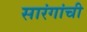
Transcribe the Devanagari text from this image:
सारंगांची